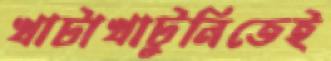
খাটাখাটুনিতেই